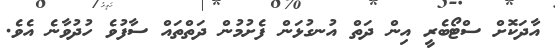
އާދަކޮށް ސްޓޯބެރީ އިން ދަތް އުނގުޅަން ފެށުމުން ދަތްތައް ސާފުވެ ހުދުވާނެ އެވެ.